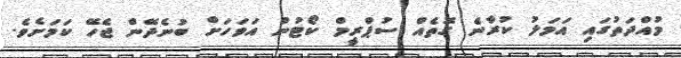
މުއްދަތުގައި އަމަލު ކުރާނެ ގޮތެއް ސުޕްރީމް ކޯޓުން އަވަހަށް ބުނެދޭން ޖެހޭ ކަމަށެވެ.